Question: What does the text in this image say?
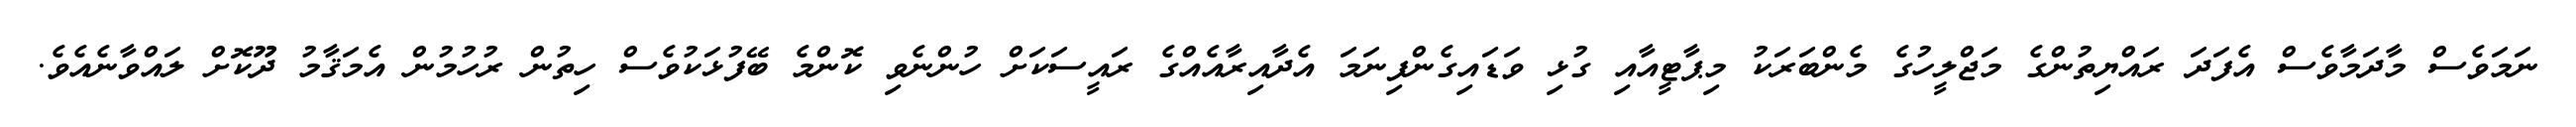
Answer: ނަމަވެސް މާދަމާވެސް އެފަދަ ރައްޔިތުންގެ މަޖްލީހުގެ މެންބަރަކު މިޕާޓީއާއި ގުޅި ވަޑައިގެންފިނަމަ އެދާއިރާއެއްގެ ރައީސަކަށް ހުންނެވި ކޮންމެ ބޭފުޅަކުވެސް ހިތުން ރުހުމުން އެމަޤާމު ދޫކޮށް ލައްވާނެއެވެ.